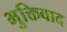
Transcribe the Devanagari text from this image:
भुक्तिवाद